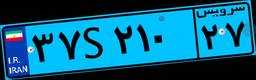
۰۷S۵۲۸۹۰